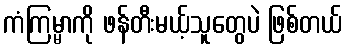
ကံကြမ္မာကို ဖန်တီးမယ့်သူတွေပဲ ဖြစ်တယ်